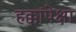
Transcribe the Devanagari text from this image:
हक्कांपेक्षा